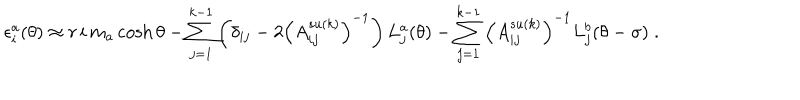
\epsilon _ { i } ^ { a } ( \theta ) \approx r \, i \, m _ { a } \cosh \theta - \sum _ { j = 1 } ^ { k - 1 } \left( \delta _ { i j } - 2 \left( A _ { i j } ^ { s u ( k ) } \right) ^ { - 1 } \right) L _ { j } ^ { a } ( \theta ) - \sum _ { j = 1 } ^ { k - 1 } \left( A _ { i j } ^ { s u ( k ) } \right) ^ { - 1 } L _ { j } ^ { b } ( \theta - \sigma ) \; .